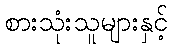
စားသုံးသူများနှင့်